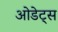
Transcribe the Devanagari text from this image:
ओडेट्स